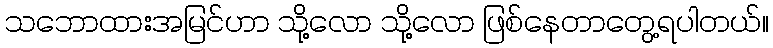
သဘောထားအမြင်ဟာ သို့လော သို့လော ဖြစ်နေတာတွေ့ရပါတယ်။